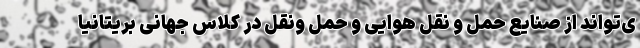
ی‌تواند از صنایع حمل و نقل هوایی و حمل‌ ونقل در کلاس جهانی بریتانیا